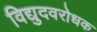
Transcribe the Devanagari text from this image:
विद्युदवरोधक